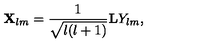
{ \bf X } _ { l m } = { \frac { 1 } { \sqrt { l ( l + 1 ) } } } { \bf L } Y _ { l m } ,